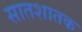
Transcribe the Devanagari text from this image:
सातशातक